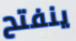
ينفتح